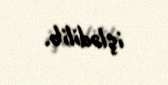
işlədilib.